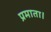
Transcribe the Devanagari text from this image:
प्रमाता।